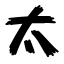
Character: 太